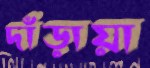
দাঁড়ায়া